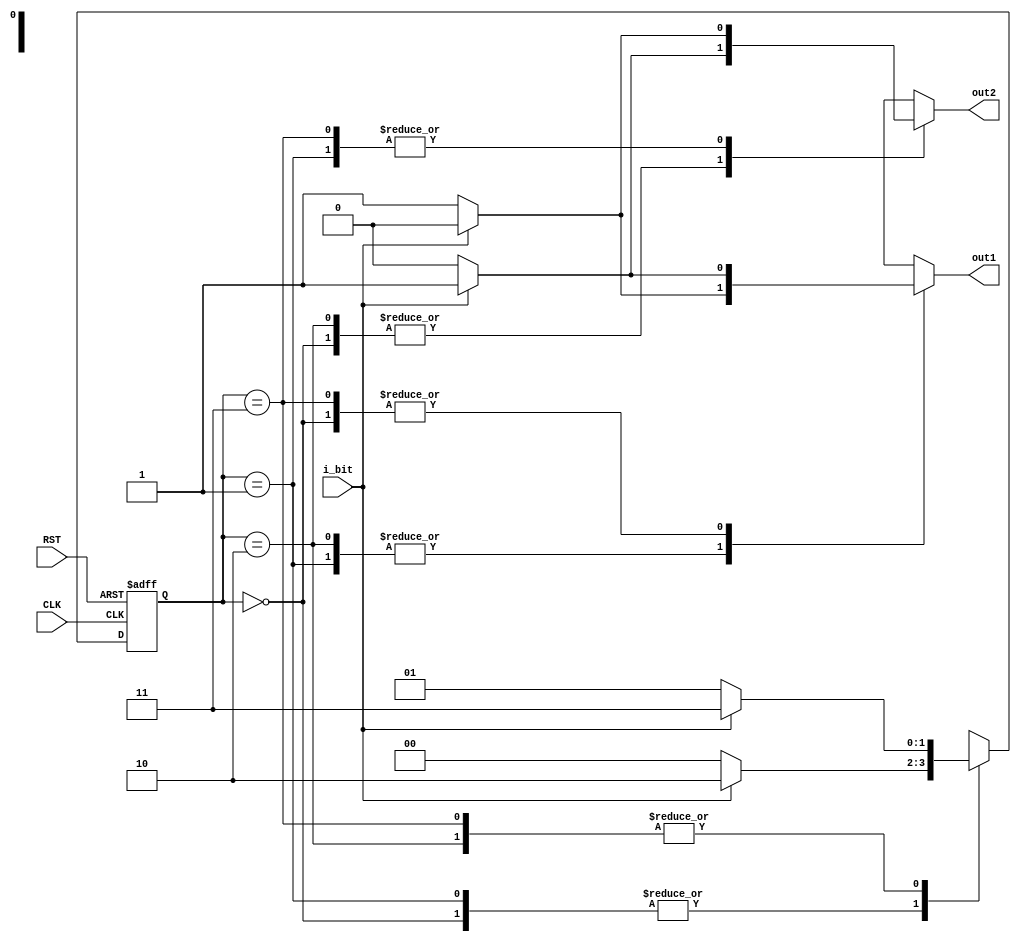
module convolutional_encoder(input i_bit,
input CLK,
input RST,
output reg out1,out2);

localparam S0=2'b00,
			S1=2'b01,
			S2=2'b10,
			S3=2'b11;
reg [1:0] current_state,next_state;
always @(posedge CLK or negedge RST)
 begin
 if(!RST)
  begin
		current_state<=S0;
  end
  else
   begin
	current_state<=next_state;
	end 
 end

always @(*)
begin
case(current_state)
 S0:begin
		if(i_bit)
		 begin
			next_state=S2;
			out1=1'b1;
			out2=1'b1;
		 end
		 else
		 begin
		  next_state=S0;
		  	out1=1'b0;
			out2=1'b0;
		 end
     end
S1:begin
		if(i_bit)
		 begin
			next_state=S2;
			out1=1'b0;
			out2=1'b0;
		 end
		 else
		 begin
		  next_state=S0;
		  out1=1'b1;
		  out2=1'b1;
		 end
     end
S2:begin
		if(i_bit)
		 begin
			next_state=S3;
			out1=1'b0;
			out2=1'b1;
		 end
		 else
		 begin
		  next_state=S1;
		  out1=1'b1;
		  out2=1'b0;
		 end
     end
S3:begin
		if(i_bit)
		 begin
			next_state=S3;
			out1=1'b1;
			out2=1'b0;
		 end
		 else
		 begin
		  next_state=S1;
		  out1=1'b0;
		  out2=1'b1;
		 end
     end
endcase
end










endmodule